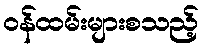
ဝန်ထမ်းများစသည့်